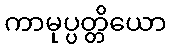
ကာမုပ္ပတ္တိယော